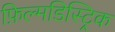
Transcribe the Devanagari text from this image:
फ़िल्मडिस्ट्रिक